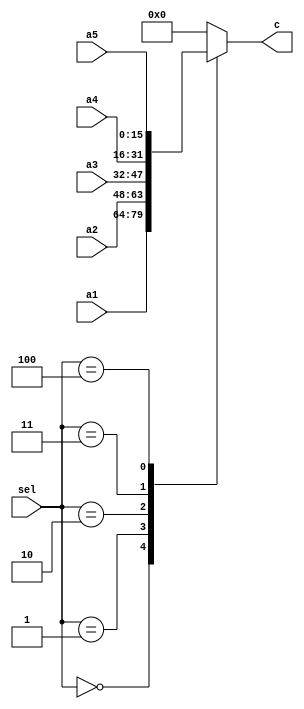
`timescale 1ns / 1ps

module mux #
(
    parameter N = 16
)
(
    input       [N-1:0]     a1,
    input       [N-1:0]     a2,
    input       [N-1:0]     a3,
    input       [N-1:0]     a4,
    input       [N-1:0]     a5,
    input       [2:0]       sel,

    output reg  [N-1:0]     c
);

  always @ (*) begin
    case (sel)
      3'b000    :   c = a1;
      3'b001    :   c = a2;
      3'b010    :   c = a3;
      3'b011    :   c = a4;
      3'b100    :   c = a5;
      default   :   c = 0;
    endcase
  end // always

endmodule